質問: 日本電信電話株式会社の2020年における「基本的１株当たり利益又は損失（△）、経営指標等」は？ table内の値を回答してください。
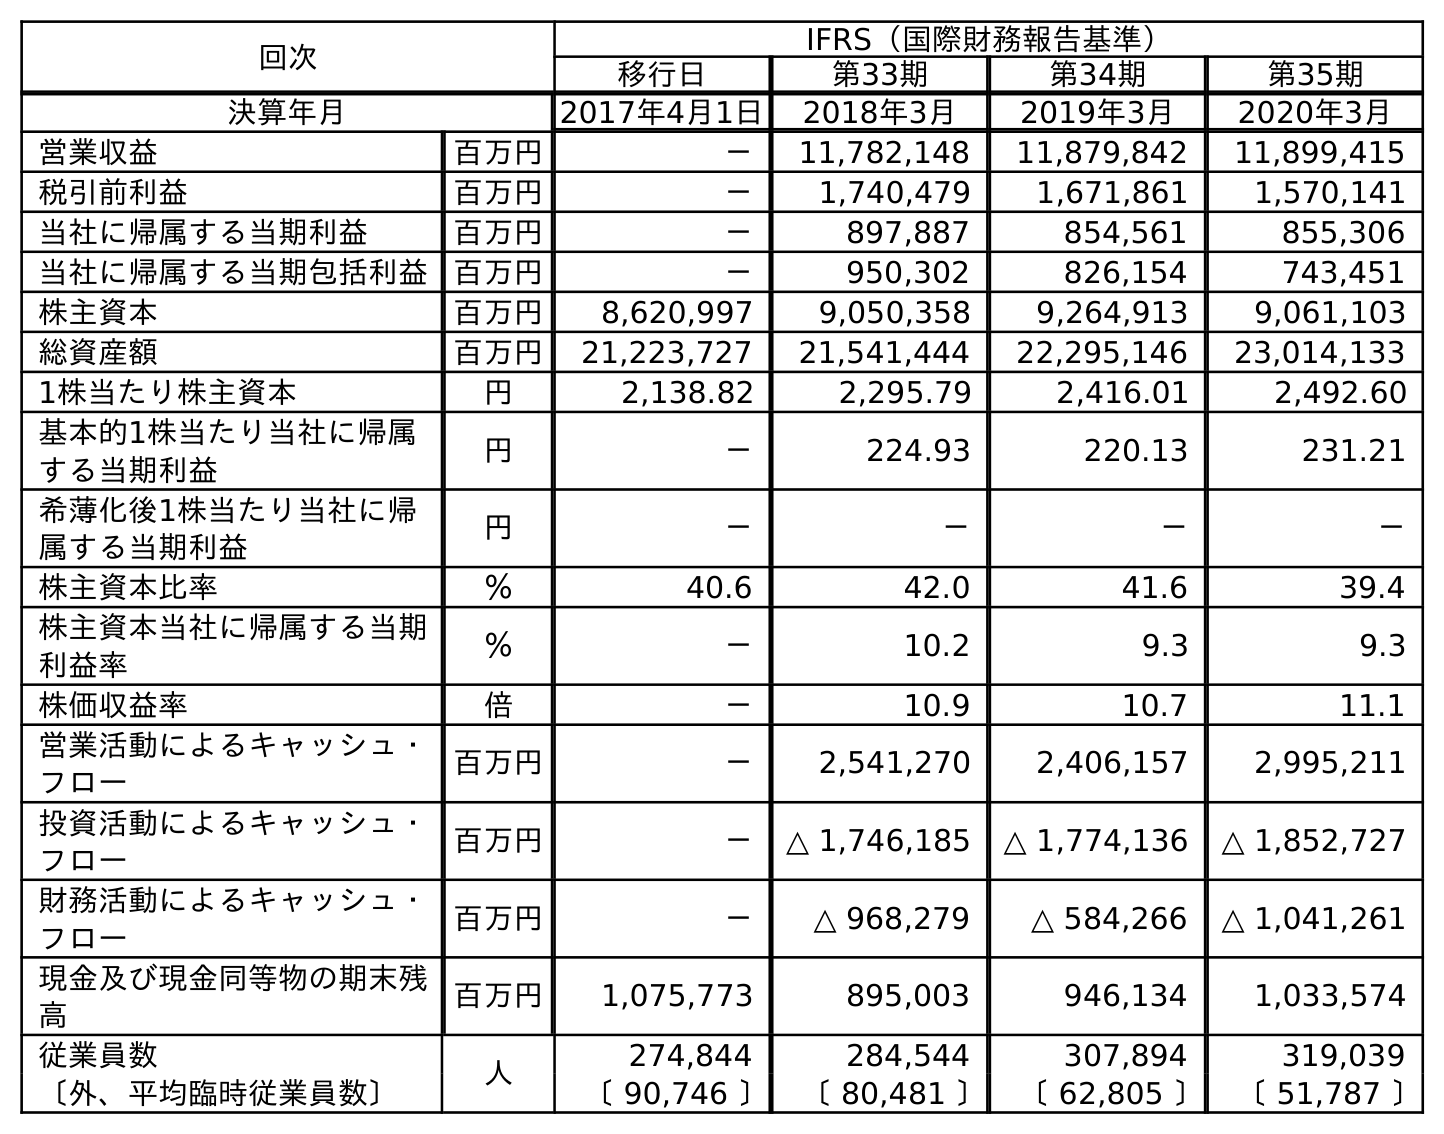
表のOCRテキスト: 回次 IFRS（国際財務報告基準） 移行日 第33期 第34期 第35期 決算年月 2017年4月1日 2018年3月 2019年3月 2020年3月 営業収益 百万円 － 11,782,148 11,879,842 11,899,415 税引前利益 百万円 － 1,740,479 1,671,861 1,570,141 当社に帰属する当期利益 百万円 － 897,887 854,561 855,306 当社に帰属する当期包括利益 百万円 － 950,302 826,154 743,451 株主資本 百万円 8,620,997 9,050,358 9,264,913 9,061,103 総資産額 百万円 21,223,727 21,541,444 22,295,146 23,014,133 1株当たり株主資本 円 2,138.82 2,295.79 2,416.01 2,492.60 基本的1株当たり当社に帰属 する当期利益 円 － 224.93 220.13 231.21 希薄化後1株当たり当社に帰 属する当期利益 円 － － － － 株主資本比率 ％ 40.6 42.0 41.6 39.4 株主資本当社に帰属する当期 利益率 ％ － 10.2 9.3 9.3 株価収益率 倍 － 10.9 10.7 11.1 営業活動によるキャッシュ・ フロー 百万円 － 2,541,270 2,406,157 2,995,211 投資活動によるキャッシュ・ フロー 百万円 － △ 1,746,185 △ 1,774,136 △ 1,852,727 財務活動によるキャッシュ・ フロー 百万円 － △ 968,279 △ 584,266 △ 1,041,261 現金及び現金同等物の期末残 高 百万円 1,075,773 895,003 946,134 1,033,574 従業員数 人 274,844 284,544 307,894 319,039 〔外、平均臨時従業員数〕 〔 90,746 〕 〔 80,481 〕 〔 62,805 〕 〔 51,787 〕
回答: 231.21